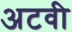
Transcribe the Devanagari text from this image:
अटवी